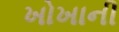
ખોખાની